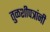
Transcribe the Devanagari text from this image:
तुळशीपत्रांनी